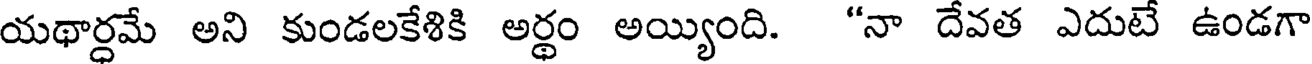
యథార్ధమే అని కుండలకేశికి అర్థం అయ్యింది. "నా దేవత ఎదుటే ఉండగా